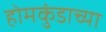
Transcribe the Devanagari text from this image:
होमकुंडाच्या